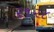
૨૧૨૮